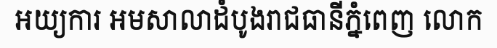
អយ្យការ អមសាលាដំបូងរាជធានីភ្នំពេញ លោក